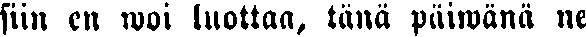
siin en woi luottaa, tänä päiwänä ne